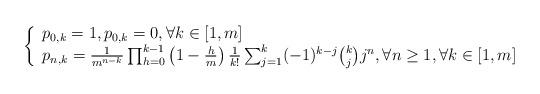
LaTeX: \begin{align*}\left\{\begin{array}{ll}p_{0,k}=1,p_{0,k}=0,\forall k\in[1,m]\\p_{n,k}=\frac{1}{m^{n-k}}\prod_{h=0}^{k-1}\left(1-\frac{h}{m}\right)\frac{1}{k!}\sum_{j=1}^{k}(-1)^{k-j}\binom{k}{j}j^{n},\forall n\geq 1,\forall k\in[1,m]\\\end{array}\right.\end{align*}